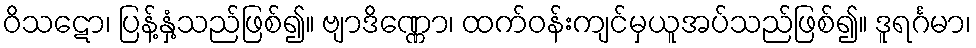
ဝိသဋော၊ ပြန့်နှံ့သည်ဖြစ်၍။ ဗျာဒိဏ္ဏော၊ ထက်ဝန်းကျင်မှယူအပ်သည်ဖြစ်၍။ ဒူရင်္ဂမာ၊